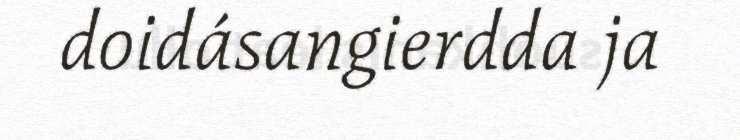
doidásangierdda ja